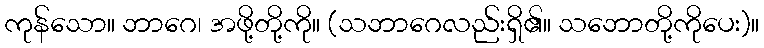
ကုန်သော။ ဘာဂေ၊ အဖို့တို့ကို။ (သဘာဂေလည်းရှိ၏။ သဘောတို့ကိုပေး)။